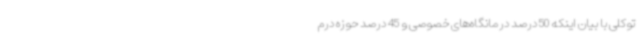
توکلی با بیان اینکه 50 درصد درمانگاه‌های خصوصی و 45 درصد حوزه درم